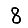
Digit: 8